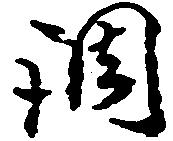
調